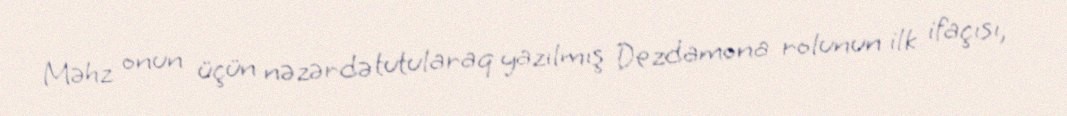
Məhz onun üçün nəzərdə tutularaq yazılmış Dezdamona rolunun ilk ifaçısı,